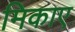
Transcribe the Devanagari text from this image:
मिकाए